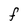
Character: f